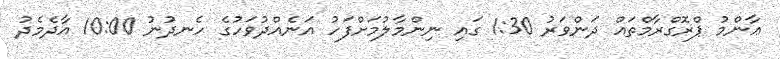
ޢާންމު ޕްރޮގްރާމްތައް ދަންވަރު 1:30 ގައި ނިންމާލުމަށްފަހު އަނެއްދުވަހުގެ ހެނދުނު 10:00 އާދެމެދު